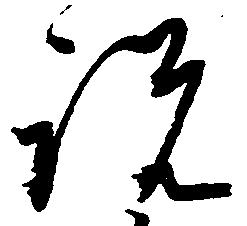
説